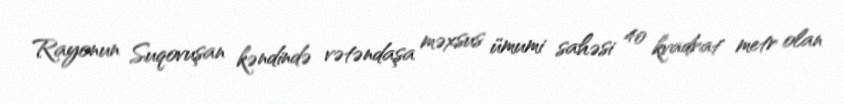
Rayonun Suqovuşan kəndində vətəndaşa məxsus ümumi sahəsi 40 kvadrat metr olan